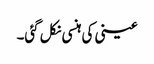
عینی کی ہنسی نکل گئی۔